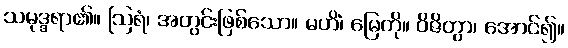
သမုဒ္ဒရာ၏။ ဩရံ၊ အတွင်းဖြစ်သော။ မဟိံ၊ မြေကို။ ဝိဇိတွာ၊ အောင်၍။